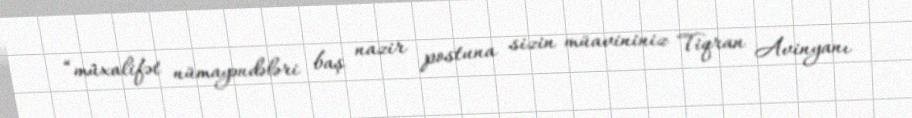
“müxalifət nümayəndələri baş nazir postuna sizin müavininiz Tiqran Avinyanı